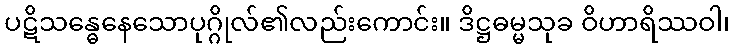
ပဋိသန္ဓေနေသောပုဂ္ဂိုလ်၏လည်းကောင်း။ ဒိဋ္ဌဓမ္မသုခ ဝိဟာရိဿဝါ၊